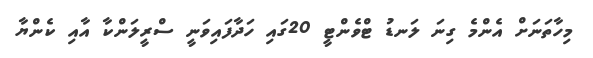
މިހާތަނަށް އެންމެ ގިނަ ލަނޑު ޓްވެންޓީ 20ގައި ހަދާފައިވަނީ ސްރީލަންކާ އާއި ކެންޔާ